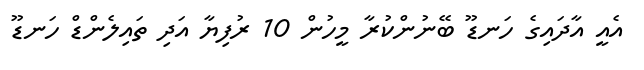
އެއީ އާދައިގެ ހަނޑޫ ބޭނުންކުރާ މީހުން 10 ރުފިޔާ އަދި ތައިލެންޑް ހަނޑޫ